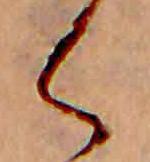
く